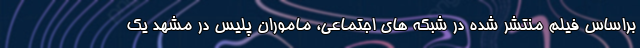
براساس فیلم منتشر شده در شبکه های اجتماعی، ماموران پلیس در مشهد یک